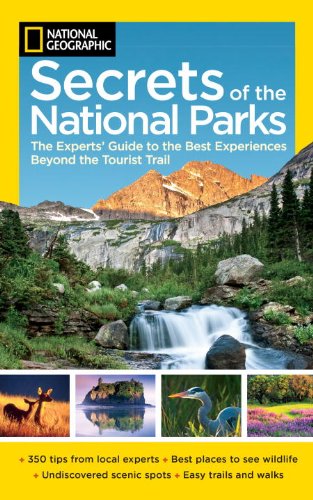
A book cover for National Geographic Secrets of the National Parks: The Experts' Guide to the Best Experiences Beyond the Tourist Trail (National Geographics Secrets of the National Parks); National Geographic; Sports & Outdoors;